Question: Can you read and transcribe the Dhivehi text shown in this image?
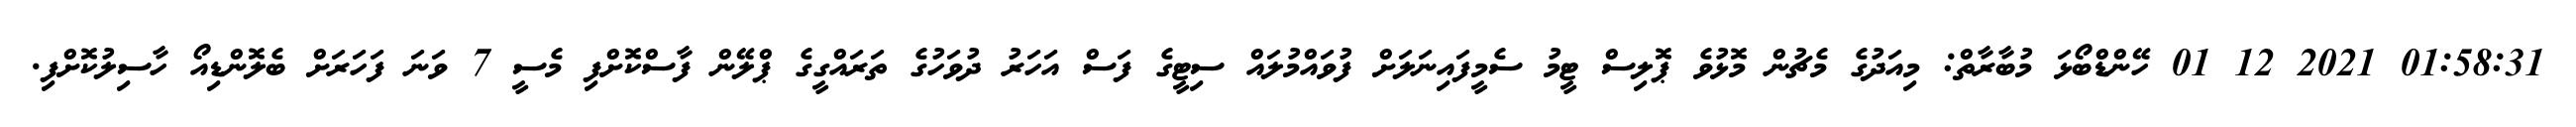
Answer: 01:58:31 2021 12 01 ހޭންޑްބޯޅަ މުބާރާތް: މިއަދުގެ މެޗުން މޮޅުވެ ޕޮލިސް ޓީމު ސެމީފައިނަލަށް ފުވައްމުލައް ސިޓީގެ ފަސް އަހަރު ދުވަހުގެ ތަރައްގީގެ ޕްލޭން ފާސްކޮށްފި މެސީ 7 ވަނަ ފަހަރަށް ބެލޮންޑިއޯ ހާސިލުކޮށްފި.